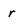
Character: r